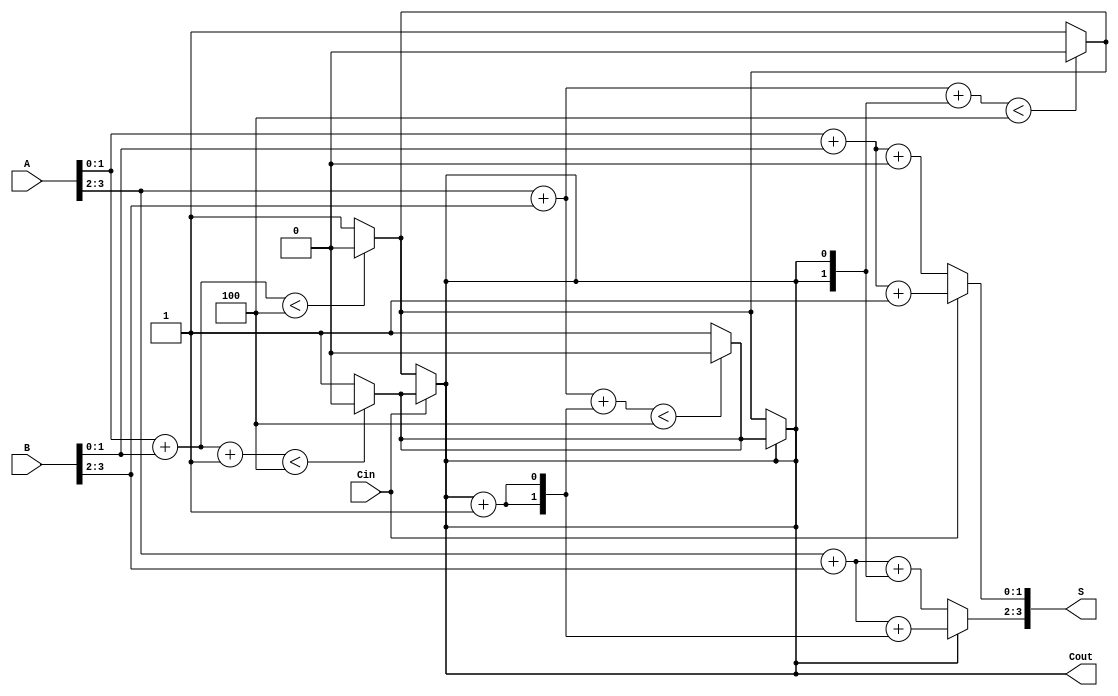
module CCSA_4bit (
    input [3:0] A,      // 4-bit input A
    input [3:0] B,      // 4-bit input B
    input Cin,          // Input carry
    output [3:0] S,     // 4-bit sum output
    output Cout         // Output carry
);

    wire [3:0] S0, S1;        // Sums for carry=0 and carry=1
    wire C0, C1;              // Carry out for carry=0 and carry=1

    // Segment 0 (Least Significant Bits)
    assign S0[1:0] = A[1:0] + B[1:0] + 2'b00; // Sum when carry in is 0
    assign C0 = (A[1:0] + B[1:0] < 4) ? 1'b0 : 1'b1; // Carry out when carry in is 0

    assign S1[1:0] = A[1:0] + B[1:0] + 2'b01; // Sum when carry in is 1
    assign C1 = (A[1:0] + B[1:0] + 1'b1 < 4) ? 1'b0 : 1'b1; // Carry out when carry in is 1

    // Select sum and carry based on Cin
    assign S[1:0] = (Cin == 1'b0) ? S0[1:0] : S1[1:0];
    assign Cout = (Cin == 1'b0) ? C0 : C1;

    // Segment 1 (Most Significant Bits)
    assign S0[3:2] = A[3:2] + B[3:2] + {2{Cout}}; // Sum when carry in is Cout
    assign C0 = (A[3:2] + B[3:2] + {2{Cout}} < 4) ? 1'b0 : 1'b1; // Carry out when carry in is Cout

    assign S1[3:2] = A[3:2] + B[3:2] + {2{Cout + 1'b1}}; // Sum when carry in is Cout + 1
    assign C1 = (A[3:2] + B[3:2] + {2{Cout + 1'b1}} < 4) ? 1'b0 : 1'b1; // Carry out when carry in is Cout + 1

    // Select final sum and carry out
    assign S[3:2] = (Cout == 1'b0) ? S0[3:2] : S1[3:2];
    assign Cout = (Cout == 1'b0) ? C0 : C1;

endmodule